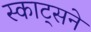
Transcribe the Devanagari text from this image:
स्काट्सने